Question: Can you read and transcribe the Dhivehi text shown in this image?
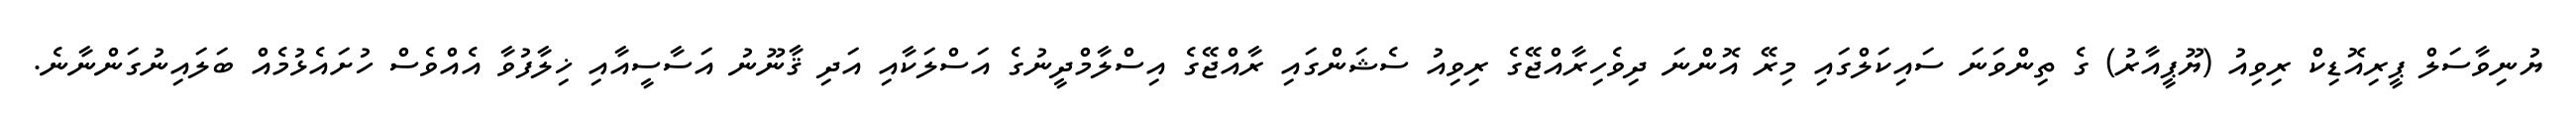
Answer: ޔުނިވާސަލް ޕީރިއޮޑިކް ރިވިއު (ޔޫޕީއާރު) ގެ ތިންވަނަ ސައިކަލްގައި މިރޭ އޮންނަ ދިވެހިރާއްޖޭގެ ރިވިއު ސެޝަންގައި ރާއްޖޭގެ އިސްލާމްދީނުގެ އަސްލަކާއި އަދި ޤާނޫނު އަސާސީއާއި ޚިލާފުވާ އެއްވެސް ހުށައެޅުމެއް ބަލައިނުގަންނާނެ.